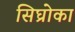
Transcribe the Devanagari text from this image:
सिघ्रोका